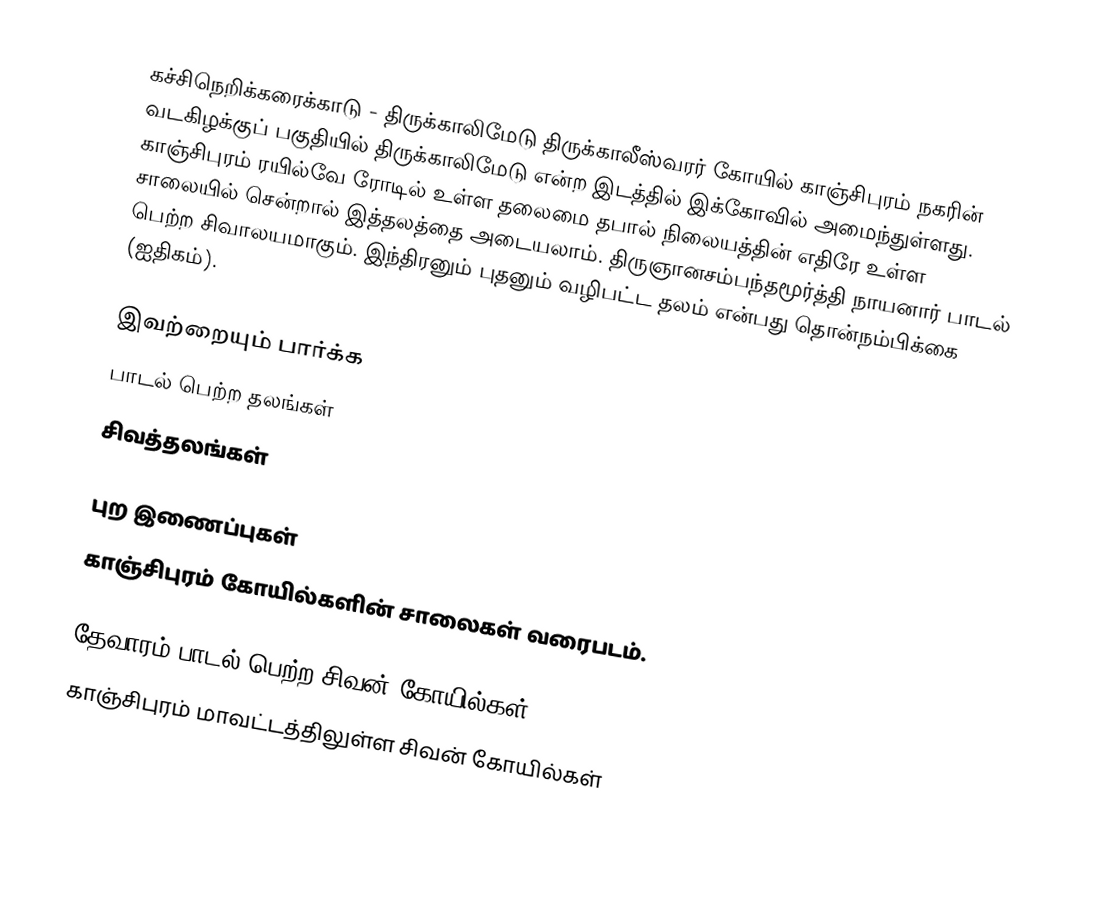
கச்சிநெறிக்கரைக்காடு - திருக்காலிமேடு திருக்காலீஸ்வரர் கோயில் காஞ்சிபுரம் நகரின் வடகிழக்குப் பகுதியில் திருக்காலிமேடு என்ற இடத்தில் இக்கோவில் அமைந்துள்ளது. காஞ்சிபுரம் ரயில்வே ரோடில் உள்ள தலைமை தபால் நிலையத்தின் எதிரே உள்ள சாலையில் சென்றால் இத்தலத்தை அடையலாம்.  திருஞானசம்பந்தமூர்த்தி நாயனார் பாடல் பெற்ற சிவாலயமாகும். இந்திரனும் புதனும் வழிபட்ட தலம் என்பது தொன்நம்பிக்கை (ஐதிகம்).

இவற்றையும் பார்க்க
 பாடல் பெற்ற தலங்கள்
 சிவத்தலங்கள்

புற இணைப்புகள்
 காஞ்சிபுரம் கோயில்களின் சாலைகள் வரைபடம்.

தேவாரம் பாடல் பெற்ற சிவன் கோயில்கள்
காஞ்சிபுரம் மாவட்டத்திலுள்ள சிவன் கோயில்கள்